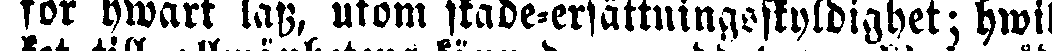
för hwart lass, utom stade-ersättningoskyldighet; hwil